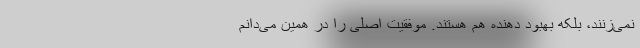
نمی‌زنند، بلکه بهبود دهنده هم هستند. موفقیت اصلی را در همین می‌دانم